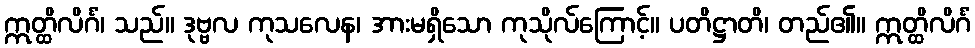
ဣတ္ထိလိင်္ဂံ၊ သည်။ ဒုဗ္ဗလ ကုသလေန၊ အားမရှိသော ကုသိုလ်ကြောင့်။ ပတိဋ္ဌာတိ၊ တည်၏။ ဣတ္ထိလိင်္ဂံ